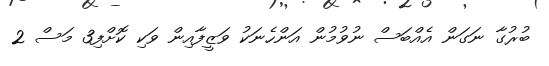
ބުރުގާ ނަގަން އެއްބަސް ނުވުމުން އަންހެނަކު ވަޒީފާއިން ވަކި ކޮށްފި3 މަސް 2